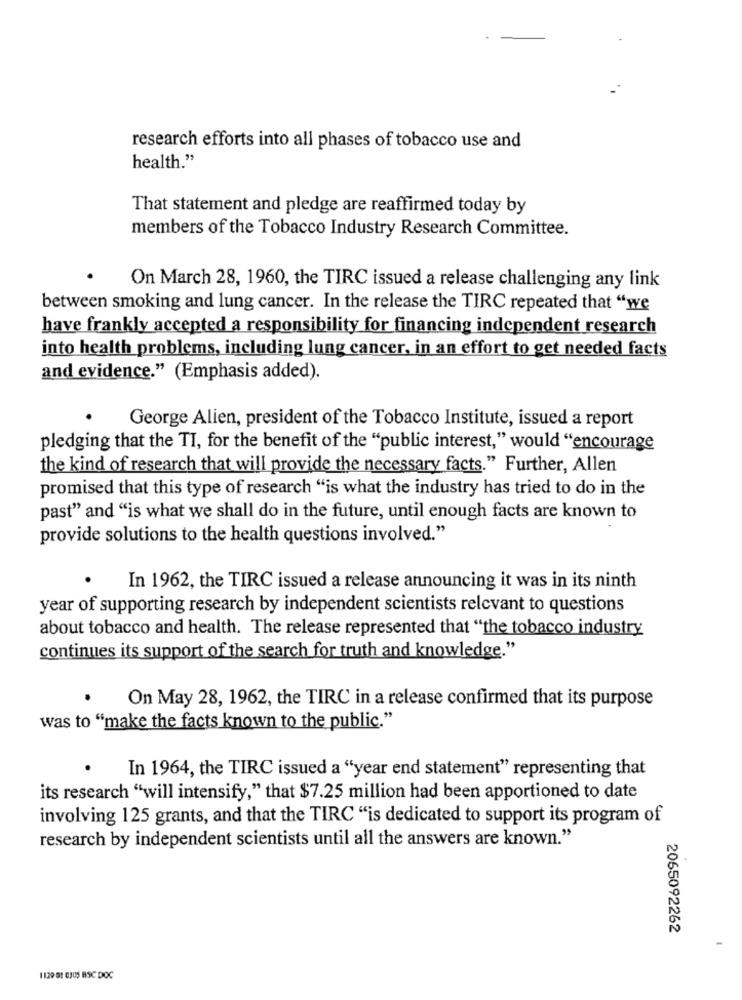
research efforts into all phases of tobacco use and
health."
That statement and pledge are reaffirmed today by
members of the Tobacco Industry Research Committee.
On March 28, 1960, the TIRC issued a release challenging any link
between smoking and lung cancer. In the release the TIRC repeated that "we
have frankly accepted a responsibility for financing independent research
into health problems, including lung cancer, in an effort to get needed facts
and evidence." (Emphasis added).
George Alien, president of the Tobacco Institute, issued a report
pledging that the TI, for the benefit of the "public interest," would "encourage
the kind of research that will provide the necessary facts." Further, Allen
promised that this type of research "is what the industry has tried to do in the
past" and "is what we shall do in the future, until enough facts are known to
provide solutions to the health questions involved."
In 1962, the TIRC issued a release announcing it was in its ninth
year of supporting research by independent scientists relevant to questions
about tobacco and health. The release represented that "the tobacco industry
continues its support of the search for truth and knowledge."
On May 28, 1962, the TIRC in a release confirmed that its purpose
was to "make the facts known to the public."
In 1964, the TIRC issued a "year end statement" representing that
its research "will intensify," that $7.25 million had been apportioned to date
involving 125 grants, and that the TIRC "is dedicated to support its program of
research by independent scientists until all the answers are known."
2065092262
1129 91 0JUS BSC DOC